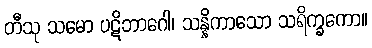
တီသု သမော ပဋိဘာဂေါ၊ သန္နိကာသော သရိက္ခကော။